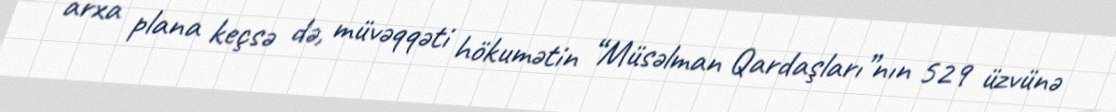
arxa plana keçsə də, müvəqqəti hökumətin “Müsəlman Qardaşları”nın 529 üzvünə